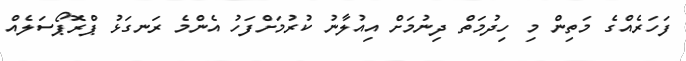
ފަހަރެއްގެ މަތިން މި ހިދުމަތް ދިނުމަށް އިއުލާނު ކުރުމަށްފަހު އެންމެ ރަނގަޅު ޕްރޮޕޯސަލެއް